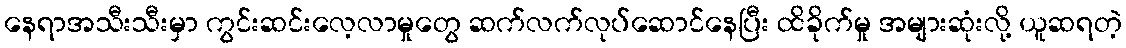
နေရာအသီးသီးမှာ ကွင်းဆင်းလေ့လာမှုတွေ ဆက်လက်လုပ်ဆောင်နေပြီး ထိခိုက်မှု အများဆုံးလို့ ယူဆရတဲ့